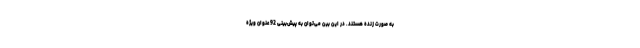
به صورت زنده هستند. در این بین می‌توان به پیش‌بینی 92 عنوان ویژه